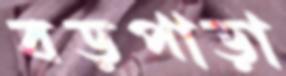
বড়পাড়া